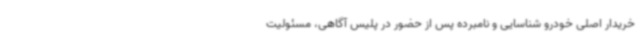
خریدار اصلی خودرو شناسایی و نامبرده پس از حضور در پلیس آگاهی، مسئولیت